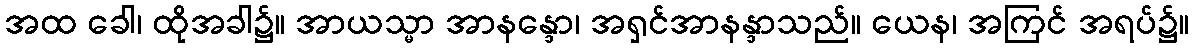
အထ ခေါ၊ ထိုအခါ၌။ အာယသ္မာ အာနန္ဒော၊ အရှင်အာနန္ဒာသည်။ ယေန၊ အကြင် အရပ်၌။